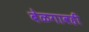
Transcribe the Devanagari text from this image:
बेळगावही